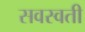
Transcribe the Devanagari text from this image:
सवस्वती